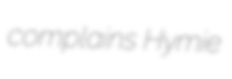
complains Hymie